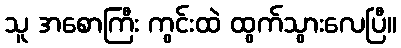
သူ အစောကြီး ကွင်းထဲ ထွက်သွားလေပြီ။